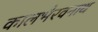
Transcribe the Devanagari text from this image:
कालभैरवनाथ